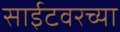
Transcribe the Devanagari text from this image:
साईटवरच्या